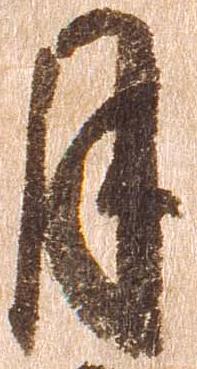
月